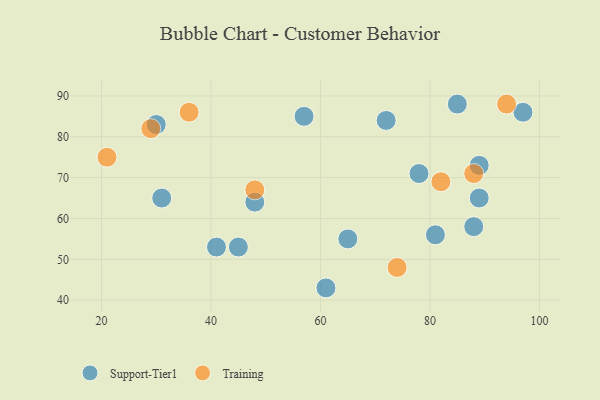
{"axis": {"x": "GDP", "y": "Life Expectancy"}, "legend": ["Support-Tier1", "Training"], "data": [{"x": "72", "y": 84, "type": "Support-Tier1"}, {"x": "31", "y": 65, "type": "Support-Tier1"}, {"x": "81", "y": 56, "type": "Support-Tier1"}, {"x": "61", "y": 43, "type": "Support-Tier1"}, {"x": "88", "y": 58, "type": "Support-Tier1"}, {"x": "48", "y": 64, "type": "Support-Tier1"}, {"x": "30", "y": 83, "type": "Support-Tier1"}, {"x": "85", "y": 88, "type": "Support-Tier1"}, {"x": "97", "y": 86, "type": "Support-Tier1"}, {"x": "78", "y": 71, "type": "Support-Tier1"}, {"x": "89", "y": 73, "type": "Support-Tier1"}, {"x": "41", "y": 53, "type": "Support-Tier1"}, {"x": "65", "y": 55, "type": "Support-Tier1"}, {"x": "57", "y": 85, "type": "Support-Tier1"}, {"x": "89", "y": 65, "type": "Support-Tier1"}, {"x": "45", "y": 53, "type": "Support-Tier1"}, {"x": "48", "y": 67, "type": "Training"}, {"x": "29", "y": 82, "type": "Training"}, {"x": "21", "y": 75, "type": "Training"}, {"x": "82", "y": 69, "type": "Training"}, {"x": "88", "y": 71, "type": "Training"}, {"x": "36", "y": 86, "type": "Training"}, {"x": "74", "y": 48, "type": "Training"}, {"x": "94", "y": 88, "type": "Training"}]}